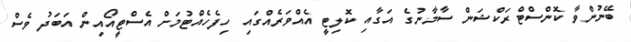
ބޭނުންވާ ކޮންސްޓްރަކްޝަން ސާމާނުގެ އަގާއި ކޮލިޓީ އެއްވަރެއްގައި ހިފެހެއްޓުމަށް އެސްޓީއޯއިން އަބަދު ވެސް